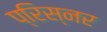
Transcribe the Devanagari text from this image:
प्रिस्नर